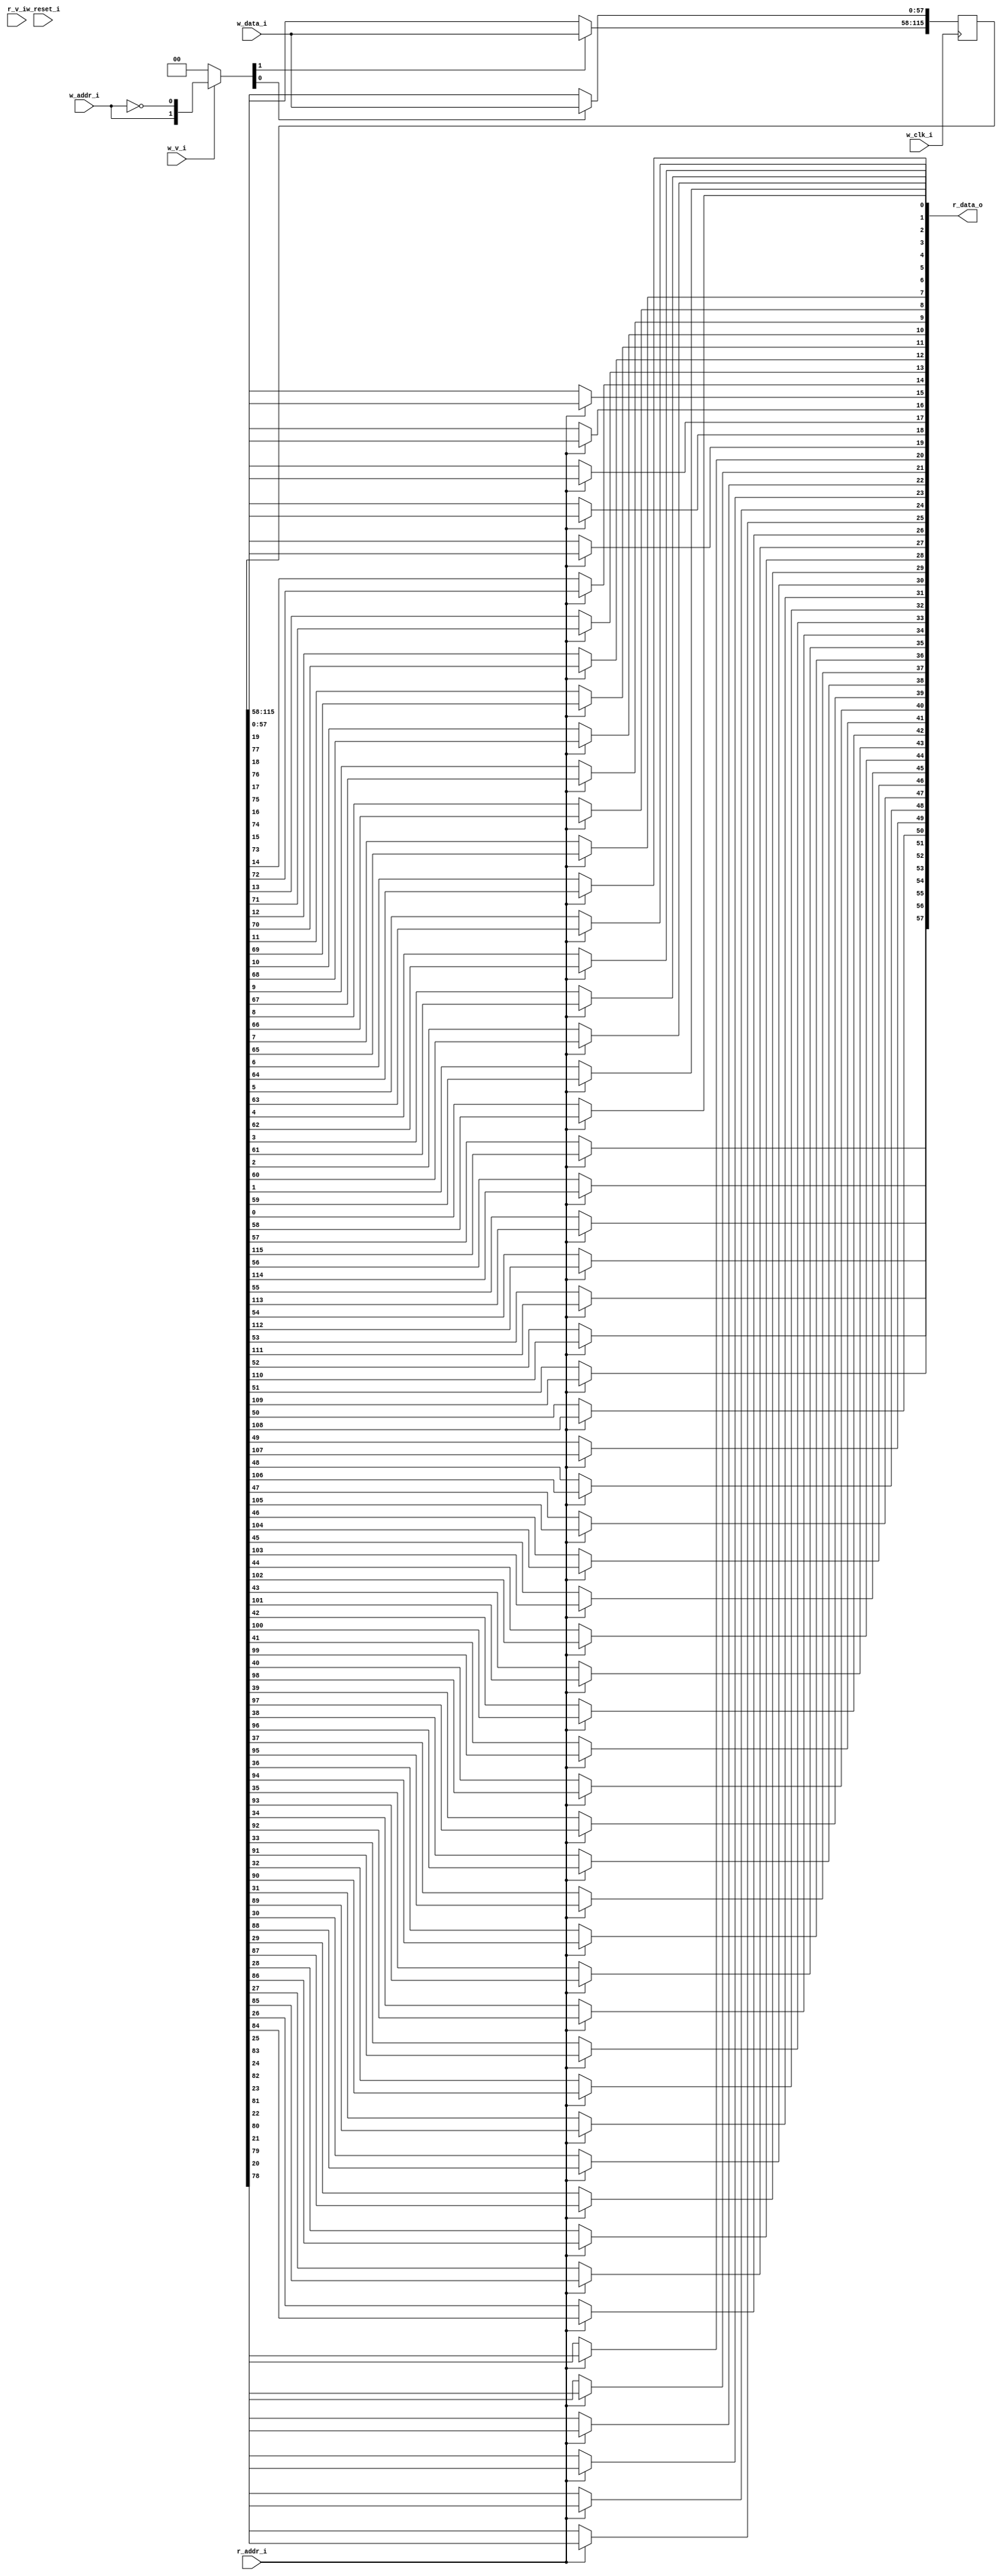
module bsg_mem_1r1w_synth_width_p58_els_p2_read_write_same_addr_p0_harden_p0
(
  w_clk_i,
  w_reset_i,
  w_v_i,
  w_addr_i,
  w_data_i,
  r_v_i,
  r_addr_i,
  r_data_o
);

  input [0:0] w_addr_i;
  input [57:0] w_data_i;
  input [0:0] r_addr_i;
  output [57:0] r_data_o;
  input w_clk_i;
  input w_reset_i;
  input w_v_i;
  input r_v_i;
  wire [57:0] r_data_o;
  wire N0,N1,N2,N3,N4,N5,N7,N8;
  reg [115:0] mem;
  assign r_data_o[57] = (N3)? mem[57] :
                        (N0)? mem[115] : 1'b0;
  assign N0 = r_addr_i[0];
  assign r_data_o[56] = (N3)? mem[56] :
                        (N0)? mem[114] : 1'b0;
  assign r_data_o[55] = (N3)? mem[55] :
                        (N0)? mem[113] : 1'b0;
  assign r_data_o[54] = (N3)? mem[54] :
                        (N0)? mem[112] : 1'b0;
  assign r_data_o[53] = (N3)? mem[53] :
                        (N0)? mem[111] : 1'b0;
  assign r_data_o[52] = (N3)? mem[52] :
                        (N0)? mem[110] : 1'b0;
  assign r_data_o[51] = (N3)? mem[51] :
                        (N0)? mem[109] : 1'b0;
  assign r_data_o[50] = (N3)? mem[50] :
                        (N0)? mem[108] : 1'b0;
  assign r_data_o[49] = (N3)? mem[49] :
                        (N0)? mem[107] : 1'b0;
  assign r_data_o[48] = (N3)? mem[48] :
                        (N0)? mem[106] : 1'b0;
  assign r_data_o[47] = (N3)? mem[47] :
                        (N0)? mem[105] : 1'b0;
  assign r_data_o[46] = (N3)? mem[46] :
                        (N0)? mem[104] : 1'b0;
  assign r_data_o[45] = (N3)? mem[45] :
                        (N0)? mem[103] : 1'b0;
  assign r_data_o[44] = (N3)? mem[44] :
                        (N0)? mem[102] : 1'b0;
  assign r_data_o[43] = (N3)? mem[43] :
                        (N0)? mem[101] : 1'b0;
  assign r_data_o[42] = (N3)? mem[42] :
                        (N0)? mem[100] : 1'b0;
  assign r_data_o[41] = (N3)? mem[41] :
                        (N0)? mem[99] : 1'b0;
  assign r_data_o[40] = (N3)? mem[40] :
                        (N0)? mem[98] : 1'b0;
  assign r_data_o[39] = (N3)? mem[39] :
                        (N0)? mem[97] : 1'b0;
  assign r_data_o[38] = (N3)? mem[38] :
                        (N0)? mem[96] : 1'b0;
  assign r_data_o[37] = (N3)? mem[37] :
                        (N0)? mem[95] : 1'b0;
  assign r_data_o[36] = (N3)? mem[36] :
                        (N0)? mem[94] : 1'b0;
  assign r_data_o[35] = (N3)? mem[35] :
                        (N0)? mem[93] : 1'b0;
  assign r_data_o[34] = (N3)? mem[34] :
                        (N0)? mem[92] : 1'b0;
  assign r_data_o[33] = (N3)? mem[33] :
                        (N0)? mem[91] : 1'b0;
  assign r_data_o[32] = (N3)? mem[32] :
                        (N0)? mem[90] : 1'b0;
  assign r_data_o[31] = (N3)? mem[31] :
                        (N0)? mem[89] : 1'b0;
  assign r_data_o[30] = (N3)? mem[30] :
                        (N0)? mem[88] : 1'b0;
  assign r_data_o[29] = (N3)? mem[29] :
                        (N0)? mem[87] : 1'b0;
  assign r_data_o[28] = (N3)? mem[28] :
                        (N0)? mem[86] : 1'b0;
  assign r_data_o[27] = (N3)? mem[27] :
                        (N0)? mem[85] : 1'b0;
  assign r_data_o[26] = (N3)? mem[26] :
                        (N0)? mem[84] : 1'b0;
  assign r_data_o[25] = (N3)? mem[25] :
                        (N0)? mem[83] : 1'b0;
  assign r_data_o[24] = (N3)? mem[24] :
                        (N0)? mem[82] : 1'b0;
  assign r_data_o[23] = (N3)? mem[23] :
                        (N0)? mem[81] : 1'b0;
  assign r_data_o[22] = (N3)? mem[22] :
                        (N0)? mem[80] : 1'b0;
  assign r_data_o[21] = (N3)? mem[21] :
                        (N0)? mem[79] : 1'b0;
  assign r_data_o[20] = (N3)? mem[20] :
                        (N0)? mem[78] : 1'b0;
  assign r_data_o[19] = (N3)? mem[19] :
                        (N0)? mem[77] : 1'b0;
  assign r_data_o[18] = (N3)? mem[18] :
                        (N0)? mem[76] : 1'b0;
  assign r_data_o[17] = (N3)? mem[17] :
                        (N0)? mem[75] : 1'b0;
  assign r_data_o[16] = (N3)? mem[16] :
                        (N0)? mem[74] : 1'b0;
  assign r_data_o[15] = (N3)? mem[15] :
                        (N0)? mem[73] : 1'b0;
  assign r_data_o[14] = (N3)? mem[14] :
                        (N0)? mem[72] : 1'b0;
  assign r_data_o[13] = (N3)? mem[13] :
                        (N0)? mem[71] : 1'b0;
  assign r_data_o[12] = (N3)? mem[12] :
                        (N0)? mem[70] : 1'b0;
  assign r_data_o[11] = (N3)? mem[11] :
                        (N0)? mem[69] : 1'b0;
  assign r_data_o[10] = (N3)? mem[10] :
                        (N0)? mem[68] : 1'b0;
  assign r_data_o[9] = (N3)? mem[9] :
                       (N0)? mem[67] : 1'b0;
  assign r_data_o[8] = (N3)? mem[8] :
                       (N0)? mem[66] : 1'b0;
  assign r_data_o[7] = (N3)? mem[7] :
                       (N0)? mem[65] : 1'b0;
  assign r_data_o[6] = (N3)? mem[6] :
                       (N0)? mem[64] : 1'b0;
  assign r_data_o[5] = (N3)? mem[5] :
                       (N0)? mem[63] : 1'b0;
  assign r_data_o[4] = (N3)? mem[4] :
                       (N0)? mem[62] : 1'b0;
  assign r_data_o[3] = (N3)? mem[3] :
                       (N0)? mem[61] : 1'b0;
  assign r_data_o[2] = (N3)? mem[2] :
                       (N0)? mem[60] : 1'b0;
  assign r_data_o[1] = (N3)? mem[1] :
                       (N0)? mem[59] : 1'b0;
  assign r_data_o[0] = (N3)? mem[0] :
                       (N0)? mem[58] : 1'b0;
  assign N5 = ~w_addr_i[0];
  assign { N8, N7 } = (N1)? { w_addr_i[0:0], N5 } :
                      (N2)? { 1'b0, 1'b0 } : 1'b0;
  assign N1 = w_v_i;
  assign N2 = N4;
  assign N3 = ~r_addr_i[0];
  assign N4 = ~w_v_i;

  always @(posedge w_clk_i) begin
    if(N8) begin
      { mem[115:58] } <= { w_data_i[57:0] };
    end
    if(N7) begin
      { mem[57:0] } <= { w_data_i[57:0] };
    end
  end


endmodule